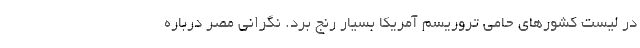
در لیست کشورهای حامی تروریسم آمریکا بسیار رنج برد. نگرانی مصر درباره